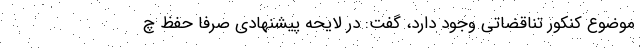
موضوع کنکور تناقضاتی وجود دارد، گفت: در لایحه پیشنهادی صرفا حفظ چ